Vaccination in Bombay 1874-1876 - 1874-1876
Year: 1874
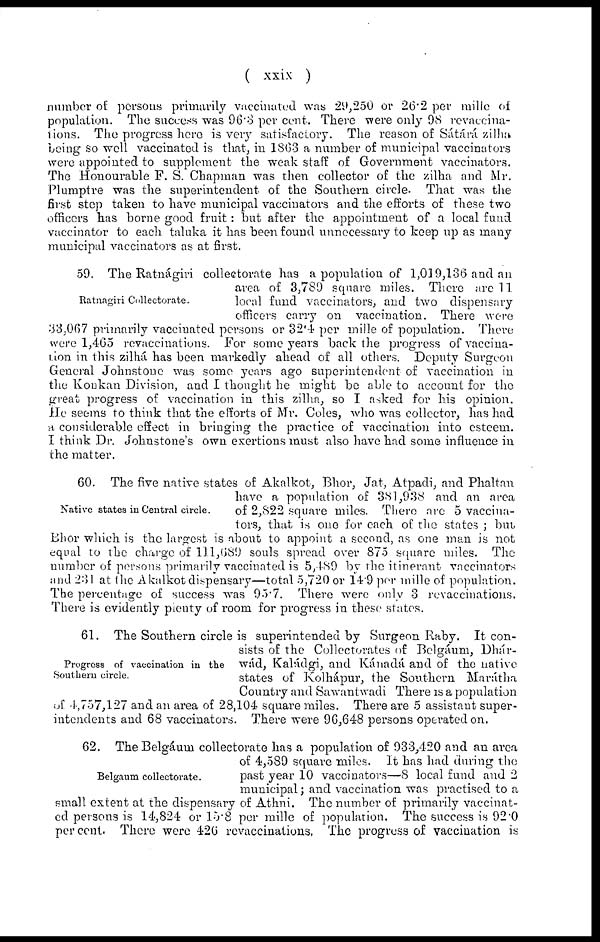
( xxix )
number of persons primarily vaccinated was 29,250 or 26.2 per mille of
population. The success was 96.3 per cent. There were only 98 revaccina-
lions. The progress here is very satisfactory. The reason of Sátárá zilha
being so well vaccinated is that, in 1863 a number of municipal vaccinators
were appointed to supplement the weak staff of Government vaccinators.
The Honourable F. S. Chapman was then collector of the zilha and Mr.
Plumptre was the superintendent of the Southern circle. That was the
first step taken to have municipal vaccinators and the efforts of these two
officers has borne good fruit: but after the appointment of a local fund
vaccinator to each taluka it has been found unnecessary to keep up as many
municipal vaccinators as at first.
Ratnagiri Collectorate.
59. The Ratnágiri collectorate has a population of 1,019,136 and an
area of 3,789 square miles. There are 11
local fund vaccinators, and two dispensary
officers carry on vaccination. There were
33,067 primarily vaccinated persons or 32.4 per mille of population. There
were 1,465 revaccinations. For some years back the progress of vaccina-
tion in this zilhá has been markedly ahead of all others. Deputy Surgeon
General Johnstone was some years ago superintendent of vaccination in
the Koukan Division, and I thought he might be able to account for the
great progress of vaccination in this zilha, so I asked for his opinion.
He seems to think that the efforts of Mr. Coles, who was collector, has had
a considerable effect in bringing the practice of vaccination into esteem.
I think Dr. Johnstone's own exertions must also have had some influence in
the matter.
Native states in Central circle.
60. The five native states of Akalkot, Bhor, Jat, Atpadi, and Phaltan
have a population of 381,938 and an area
of 2,822 square miles. There are 5 vaccina-
tors, that is one for each of the states ; but
Bhor which is the largest is about to appoint a second, as one man is not
equal to the charge of 111,689 souls spread over 875 square miles. The
number of persons primarily vaccinated is 5,489 by the itinerant vaccinators
and 231 at the Akalkot dispensary—total 5,720 or 14.9 per mille of population.
The percentage of success was 95.7. There were only 3 revaccinations.
There is evidently plenty of room for progress in these states.
Progress of vaccination in the
Southern circle.
61. The Southern circle is superintended by Surgeon Raby. It con-
sists of the Collectorates of Belgáum, Dhár-
wád, Kaládgi, and Kánadá and of the native
states of Kolhápur, the Southern Marátha
Country and Sawantwadi There is a population
of 4,757,127 and an area of 28,104 square miles. There are 5 assistant super-
intendents and 68 vaccinators. There were 96,648 persons operated on.
Belgaum collectorate.
62. The Belgáum collectorate has a population of 933,420 and an area
of 4,589 square miles. It has had during the
past year 10 vaccinators—8 local fund and 2
municipal; and vaccination was practised to a
small extent at the dispensary of Athni. The number of primarily vaccinat-
ed persons is 14,824 or 15.8 per mille of population. The success is 92.0
per cent. There were 426 revaccinations. The progress of vaccination is